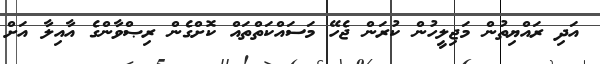
އަދި ރައްޔިތުން މަޖިލީހުން ކުރަން ޖެހޭ މަސައްކަތްތައް ކޮށްގެން ރިޞްވާންގެ އާއިލާ އަށް